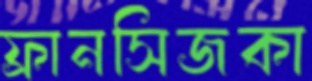
ফ্রানসিজকা